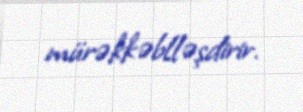
mürəkkəblləşdirir.